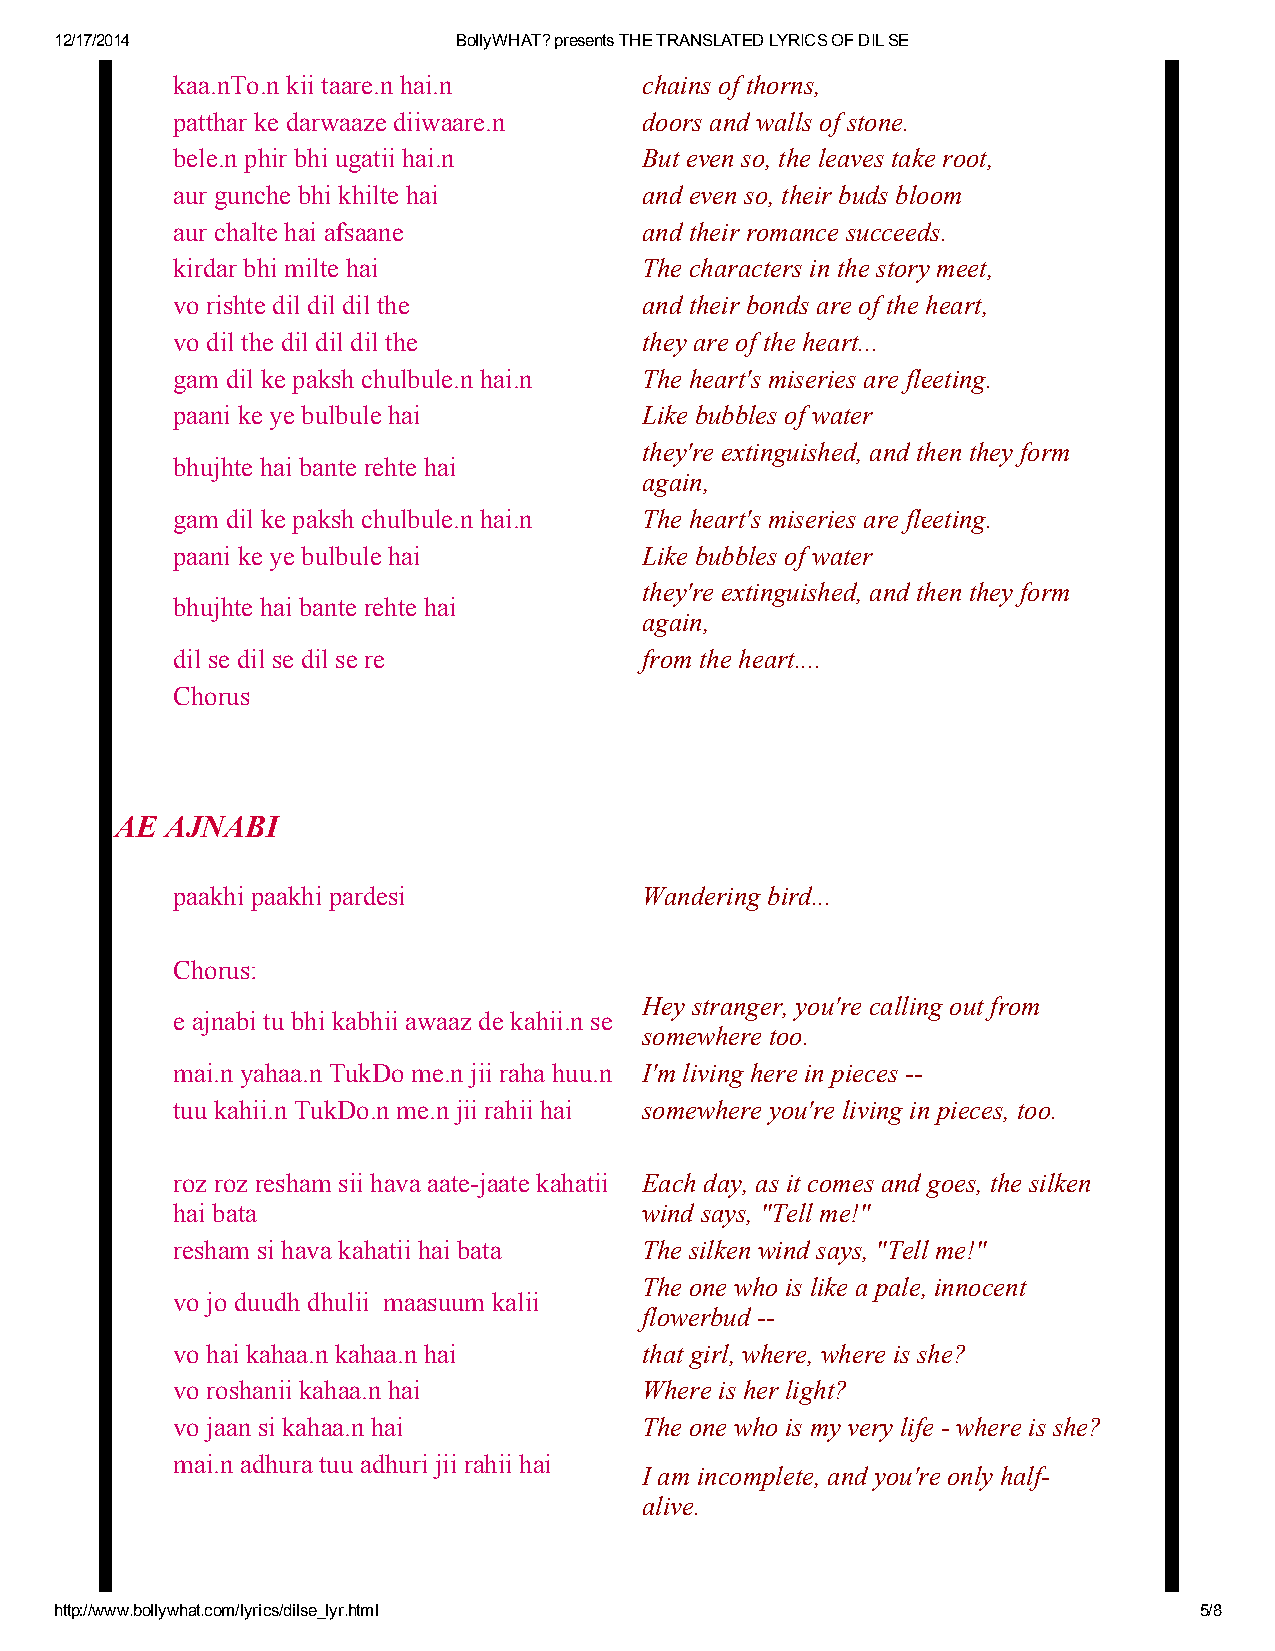
12/17/2014                BollyWHAT? presents THE TRANSLATED LYRICS OF DIL SE
 kaa.nTo.n kii taare.n hai.n    chains of thorns,
 patthar ke darwaaze diiwaare.n doors and walls of stone.
 bele.n phir bhi ugatii hai.n   But even so, the leaves take root,
 aur gunche bhi khilte hai      and even so, their buds bloom
 aur chalte hai afsaane         and their romance succeeds.
 kirdar bhi milte hai           The characters in the story meet,
 vo rishte dil dil dil the      and their bonds are of the heart,
 vo dil the dil dil dil the     they are of the heart...
 gam dil ke paksh chulbule.n hai.n The heart's miseries are fleeting.
 paani ke ye bulbule hai        Like bubbles of water
 they're extinguished, and then they form
 bhujhte hai bante rehte hai
 again,
 gam dil ke paksh chulbule.n hai.n The heart's miseries are fleeting.
 paani ke ye bulbule hai        Like bubbles of water
 they're extinguished, and then they form
 bhujhte hai bante rehte hai
 again,
 dil se dil se dil se re        from the heart....
 Chorus
 AE AJNABI
 paakhi paakhi pardesi          Wandering bird...
 Chorus:
 Hey stranger, you're calling out from
 e ajnabi tu bhi kabhii awaaz de kahii.n se
 somewhere too.
 mai.n yahaa.n TukDo me.n jii raha huu.n I'm living here in pieces ­­
 tuu kahii.n TukDo.n me.n jii rahii hai somewhere you're living in pieces, too.
 roz roz resham sii hava aate­jaate kahatii Each day, as it comes and goes, the silken
 hai bata                       wind says, "Tell me!"
 resham si hava kahatii hai bata The silken wind says, "Tell me!"
 The one who is like a pale, innocent
 vo jo duudh dhulii maasuum kalii
 flowerbud ­­
 vo hai kahaa.n kahaa.n hai     that girl, where, where is she?
 vo roshanii kahaa.n hai        Where is her light?
 vo jaan si kahaa.n hai         The one who is my very life ­ where is she?
 mai.n adhura tuu adhuri jii rahii hai
 I am incomplete, and you're only half­
 alive.
 http://www.bollywhat.com/lyrics/dilse_lyr.html                             5/8